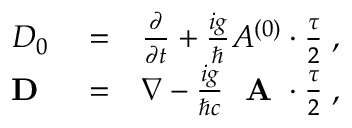
\begin{array} { r l r } { D _ { 0 } } & { { } = } & { \frac { \partial } { \partial t } + \frac { i g } { \hbar } A ^ { ( 0 ) } \cdot \frac { \tau } { 2 } \; , } \\ { \mathrm { ~ \bf ~ D ~ } } & { { } = } & { \nabla - \frac { i g } { \hbar c } \mathrm { ~ \bf ~ A ~ } \cdot \frac { \tau } { 2 } \; , } \end{array}